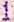
1